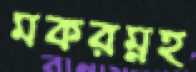
মকরম্নহ